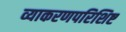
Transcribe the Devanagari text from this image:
व्याकरणपरिशिष्ट